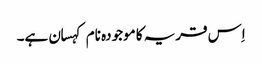
اِس قریہ کا موجودہ نام کہسان ہے۔